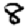
Digit: 8